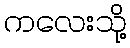
ကလေးသို့